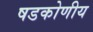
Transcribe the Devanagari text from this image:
षडकोणीय